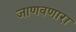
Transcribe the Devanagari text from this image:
जाणवणारा